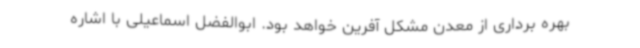
بهره برداری از معدن مشکل آفرین خواهد بود. ابوالفضل اسماعیلی با اشاره